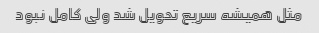
مثل همیشه سریع تحویل شد ولی کامل نبود